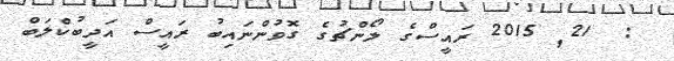
:  21